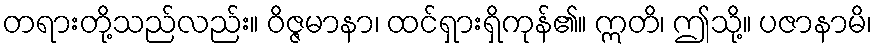
တရားတို့သည်လည်း။ ဝိဇ္ဇမာနာ၊ ထင်ရှားရှိကုန်၏။ ဣတိ၊ ဤသို့။ ပဇာနာမိ၊